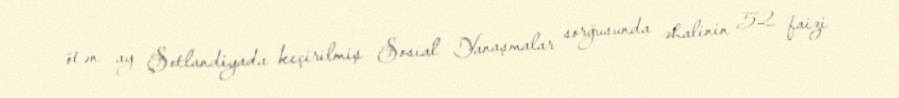
ötən ay Şotlandiyada keçirilmiş Sosial Yanaşmalar sorğusunda əhalinin 52 faizi